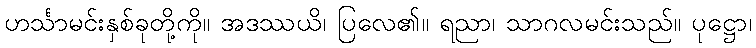
ဟင်္သာမင်းနှစ်ခုတို့ကို။ အဒဿယိ၊ ပြလေ၏။ ရညာ၊ သာဂလမင်းသည်။ ပုဋ္ဌော၊